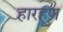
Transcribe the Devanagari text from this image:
हारहूण